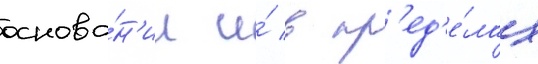
основа́н'ии и́ в пр'ед'е́лах